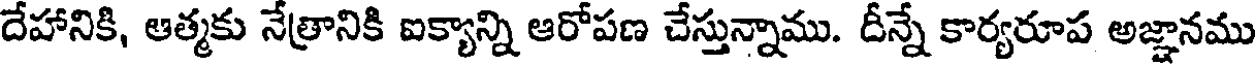
దేహానికి, ఆత్మకు నేత్రానికి ఐక్యాన్ని ఆరోపణ చేస్తున్నాము. దీన్నే కార్యరూప అజ్ఞానము